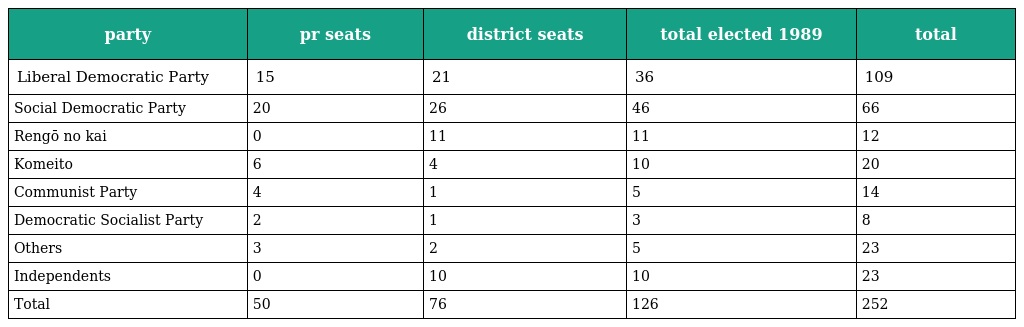
| party | pr seats | district seats | total elected 1989 | total |
 | --- | --- | --- | --- | --- |
 | Liberal Democratic Party | 15 | 21 | 36 | 109 |
 | Social Democratic Party | 20 | 26 | 46 | 66 |
 | Rengō no kai | 0 | 11 | 11 | 12 |
 | Komeito | 6 | 4 | 10 | 20 |
 | Communist Party | 4 | 1 | 5 | 14 |
 | Democratic Socialist Party | 2 | 1 | 3 | 8 |
 | Others | 3 | 2 | 5 | 23 |
 | Independents | 0 | 10 | 10 | 23 |
 | Total | 50 | 76 | 126 | 252 |